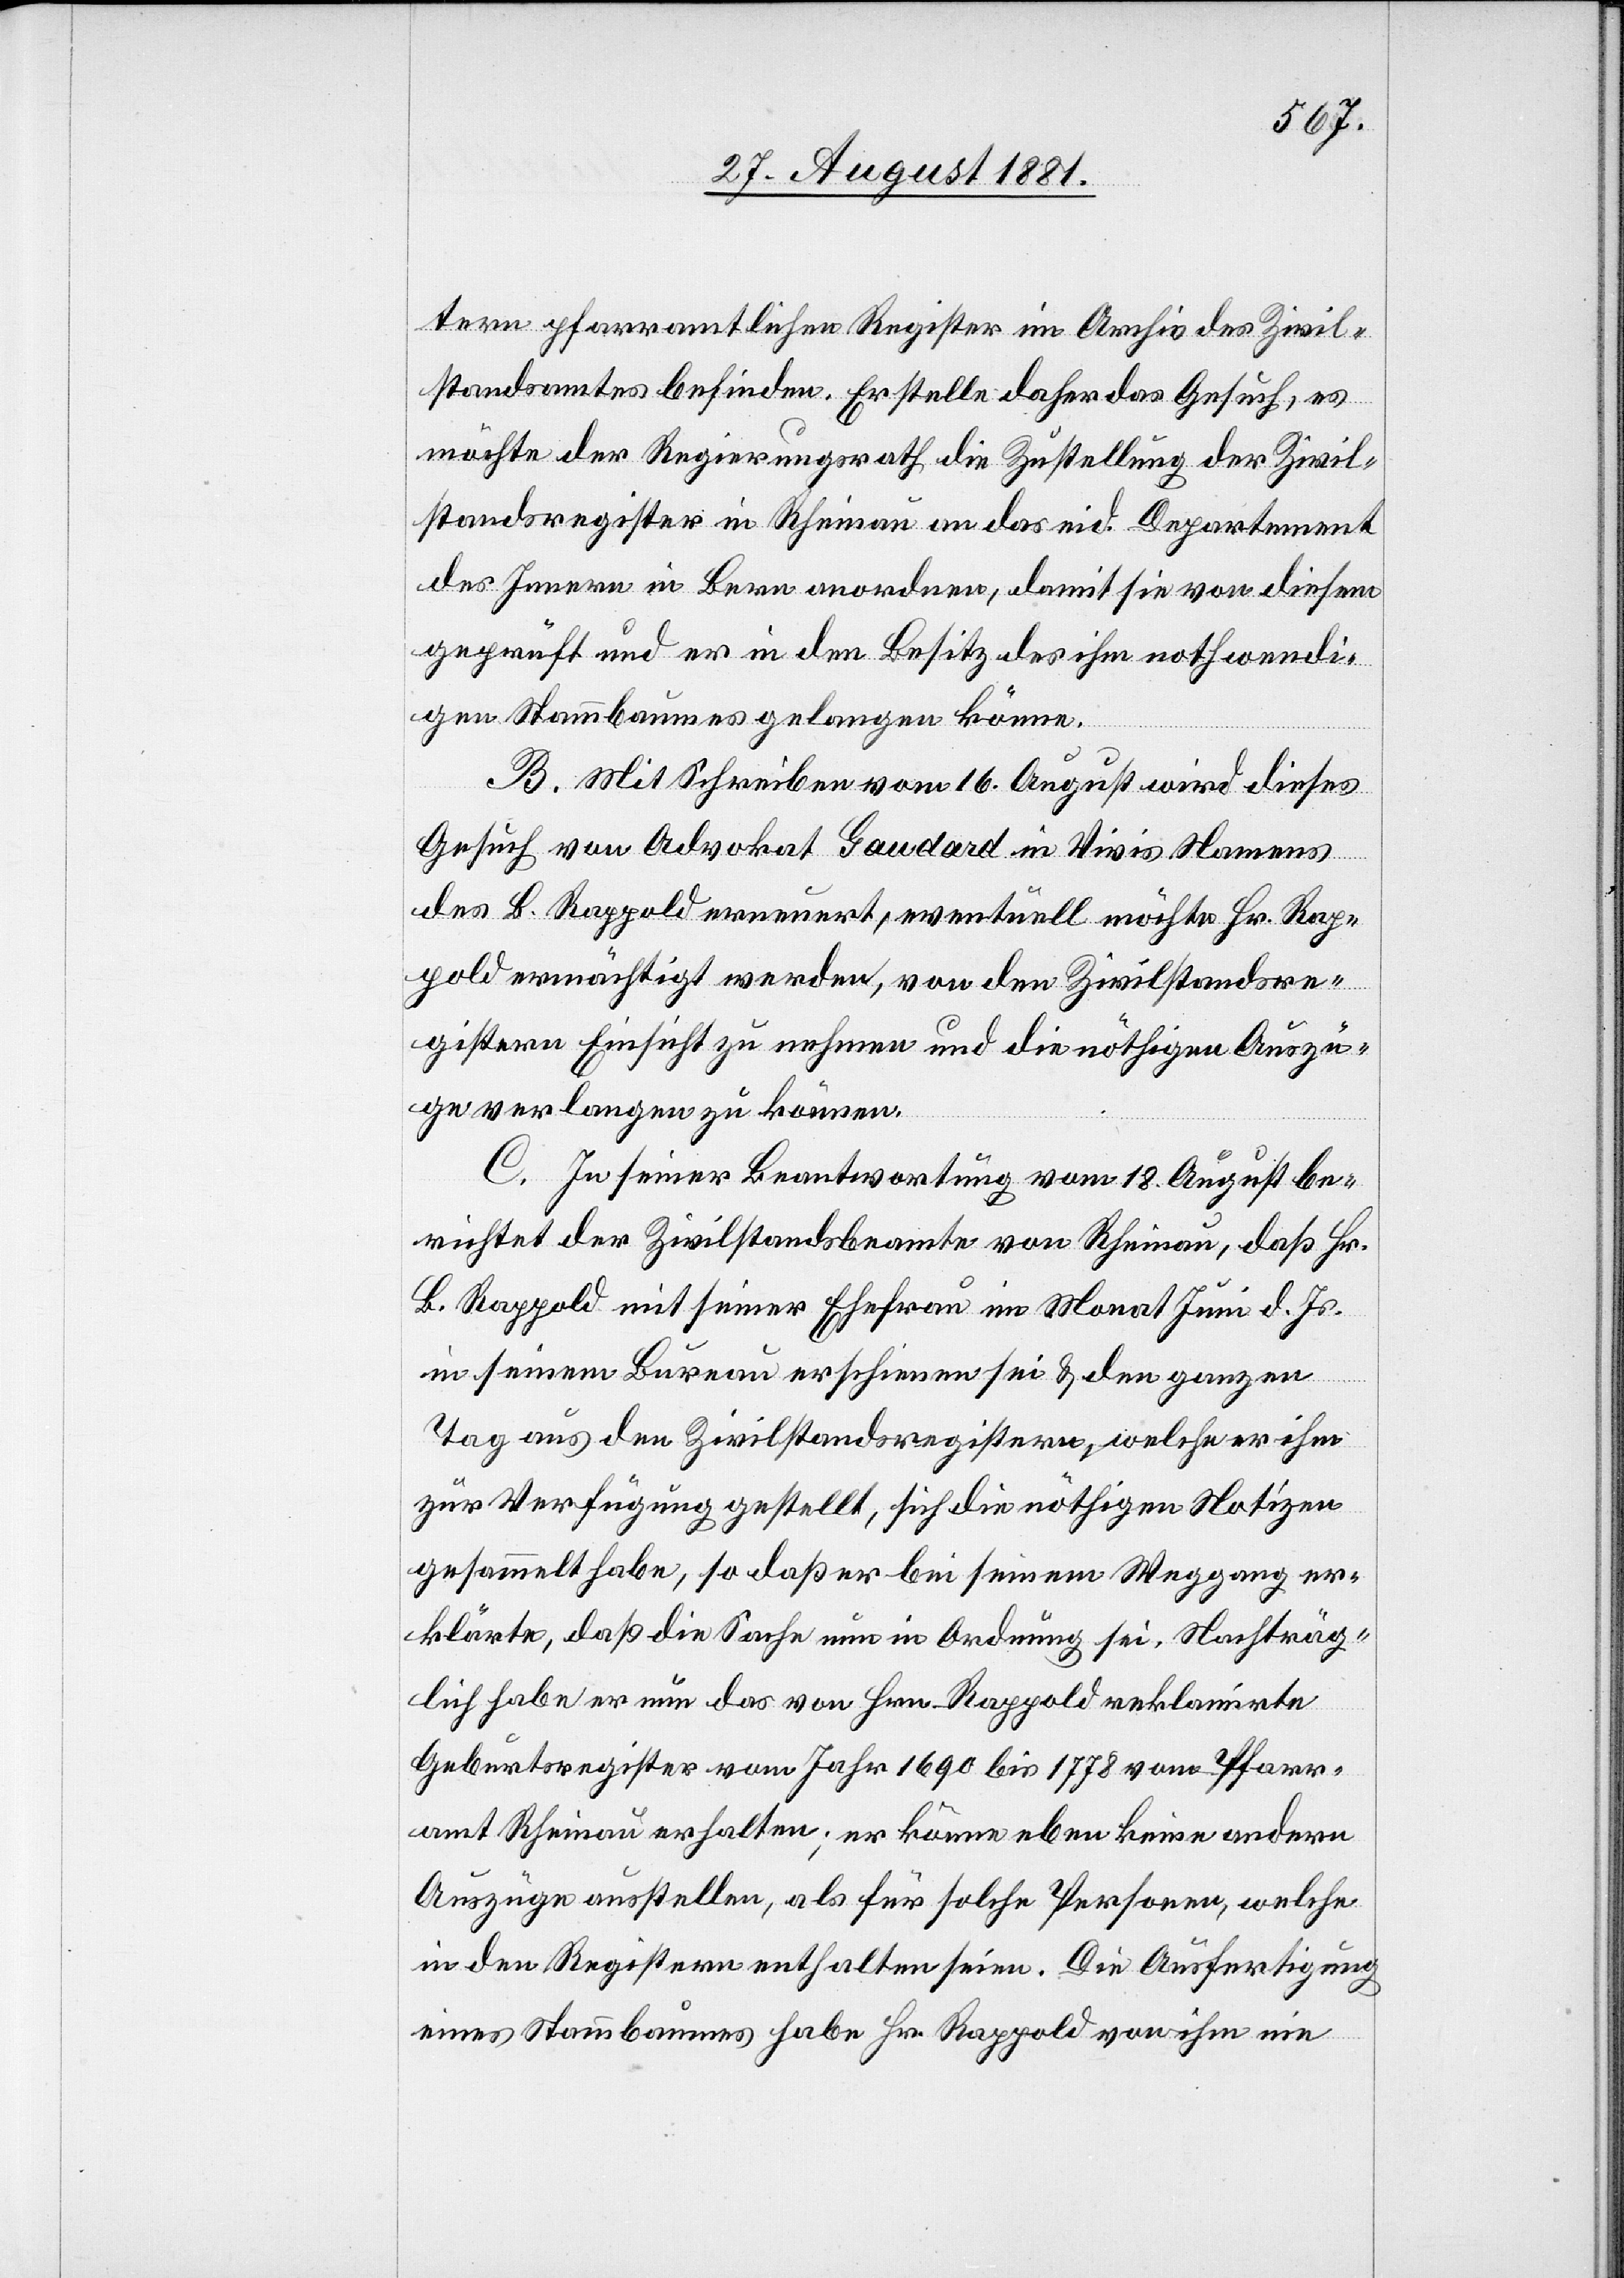
tern pfarramtlichen Register im Archiv des Zivil¬
standsamtes befinden. Er stelle daher das Gesuch, es
möchte der Regierungsrath die Zustellung der Zivil¬
standsregister in Rheinau an das eid. Departement
des Innern in Bern anordnen, damit sie von diesem
geprüft und er in dem Besitz des ihm nothwendi¬
gen Stammbaumes gelangen könne.
B. Mit Schreiben vom 16. August wird dieses
Gesuch von Advokat Gaudard in Vivis Namens
des B. Rappold erneuert, eventuell möchte Hr. Rap¬
pold ermächtigt werden, von den Zivilstandre¬
gistern Einsicht zu nehmen und die nöthigen Auszü¬
ge verlangen zu können.
C. In seiner Beantwortung vom 18. August be¬
richtet der Zivilstandsbeamte von Rheinau, daß Hr.
B. Rappold mit seiner Ehefrau im Monat Juni d. Js.
in seinem Büreau erschienen sei & den ganzen
Tag aus den Zivilstandsregistern, welche er ihm
zur Verfügung gestellt, sich die nöthigen Notizen
gesammelt habe, so daß er bei seinem Weggang er¬
klärte, daß die Sache nun in Ordnung sei. Nachträg¬
lich habe er nun das von Hrn. Rappold reklamirte
Geburtsregister vom Jahr 1690 bis 1778 vom Pfarr¬
amt Rheinau erhalten; er könne eben keine andern
Auszüge ausstellen, als für solche Personen, welche
in den Registern enthalten seien. Die Ausfertigung
eines Stammbaumes habe Hr. Rappold von ihm ein